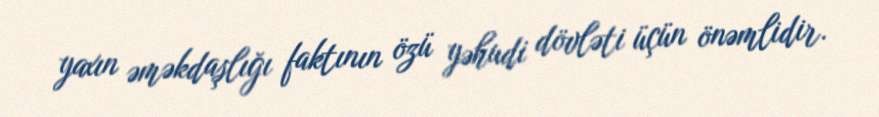
yaxın əməkdaşlığı faktının özü yəhudi dövləti üçün önəmlidir.